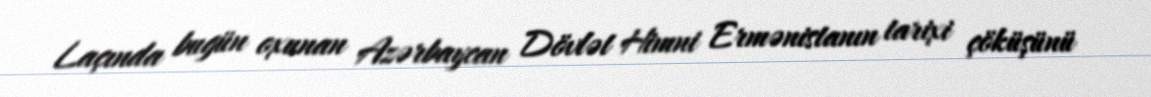
Laçında bugün oxunan Azərbaycan Dövlət Himni Ermənistanın tarixi çöküşünü